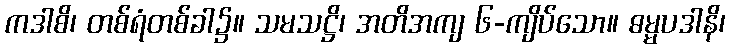
ကဒါစိ၊ တစ်ရံတစ်ခါ၌။ သမသဋ္ဌိ၊ အတိအကျ ၆-ကျိပ်သော။ ဓမ္မပဒါနိ၊